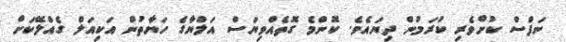
ނަފްސް ކުށްވެރި ކުރަމުން ދިޔައެވެ. ކޮންމެ ގޮތެއްވިޔަސް އަލްޔާގެ ހަޔާތުން އަކިއަލް ގެއްލޭކަށް